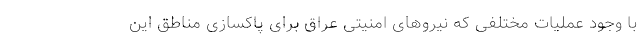
با وجود عملیات‌ مختلفی که نیروهای امنیتی عراق برای پاکسازی مناطق این